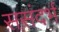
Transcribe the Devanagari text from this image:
ससंदर्भ